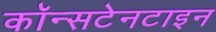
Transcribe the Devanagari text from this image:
कॉन्सटेनटाइन